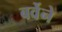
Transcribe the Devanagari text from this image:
बर्वेने